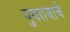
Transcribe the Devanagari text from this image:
युवराजाचे